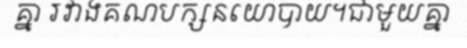
គ្នា រវាងគណបក្សនយោបាយ។ជាមួយគ្នា